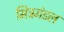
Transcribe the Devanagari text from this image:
मित्रमंडल